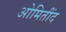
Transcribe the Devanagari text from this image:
ओमितींद